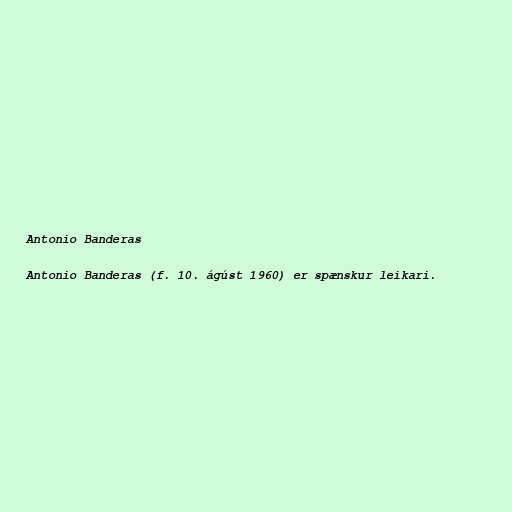
Antonio Banderas

Antonio Banderas (f. 10. ágúst 1960) er spænskur leikari.